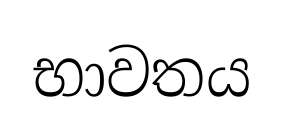
භාවතය